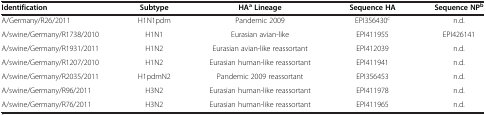
| Identification | Subtype | HAa Lineage | Sequence HA | Sequence NPb |
 | --- | --- | --- | --- | --- |
 | A/Germany/R26/2011 | H1N1pdm | Pandemic 2009 | EPI356430c | n.d. |
 | A/swine/Germany/R1738/2010 | H1N1 | Eurasian avian-like | EPI411955 | EPI426141 |
 | A/swine/Germany/R1931/2011 | H1N2 | Eurasian avian-like reassortant | EPI412039 | n.d. |
 | A/swine/Germany/R1207/2010 | H1N2 | Eurasian human-like reassortant | EPI411941 | n.d. |
 | A/swine/Germany/R2035/2011 | H1pdmN2 | Pandemic 2009 reassortant | EPI356453 | n.d. |
 | A/swine/Germany/R96/2011 | H3N2 | Eurasian human-like reassortant | EPI411978 | n.d. |
 | A/swine/Germany/R76/2011 | H3N2 | Eurasian human-like reassortant | EPI411965 | n.d. |